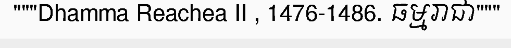
"""Dhamma Reachea II , 1476-1486. ធម្មរាជា"""